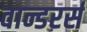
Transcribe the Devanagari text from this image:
वान्डरर्स